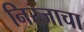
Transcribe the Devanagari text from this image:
निरजाचा